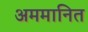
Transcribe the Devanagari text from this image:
अममानित